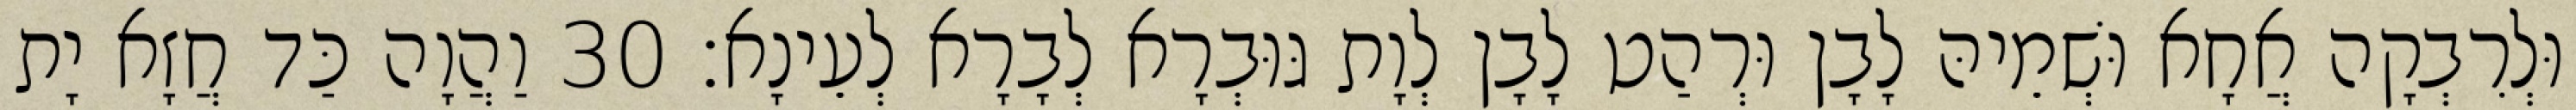
וּלְרִבְקָה אֲחָא וּשְׁמֵיהּ לָבָן וּרְהַט לָבָן לְוָת גּוּבְרָא לְבָרָא לְעֵינָא׃ 30 וַהֲוָה כַּד חֲזָא יָת